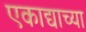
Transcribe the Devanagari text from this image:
एकाद्याच्या